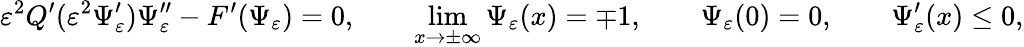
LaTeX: \varepsilon^{2}Q^{\prime}(\varepsilon^{2}\Psi_{\varepsilon}^{\prime})\Psi_{\varepsilon}^{\prime\prime}-F^{\prime}(\Psi_{\varepsilon})=0,\qquad\operatorname*{lim}_{x\to\pm\infty}\Psi_{\varepsilon}(x)=\mp 1,\qquad\Psi_{\varepsilon}(0)=0,\qquad\Psi_{\varepsilon}^{\prime}(x)\leq 0,